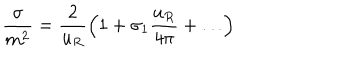
\frac { \sigma } { m ^ { 2 } } = \frac { 2 } { u _ { R } } \left( 1 + \sigma _ { 1 } \frac { u _ { R } } { 4 \pi } + \ldots \right)